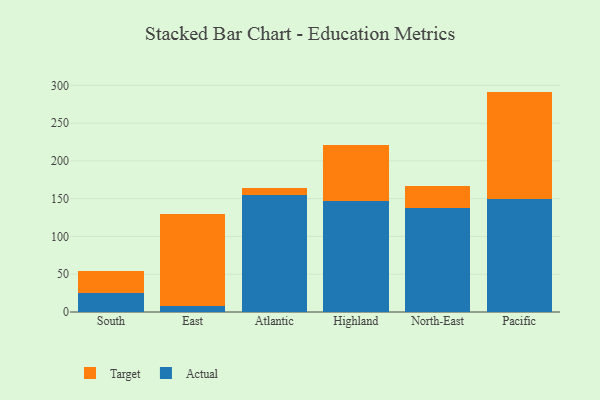
{"axis": {"x": "Region", "y": "Waste Production (Tons)"}, "legend": ["Actual", "Target"], "data": [{"x": "South", "y": 24.5, "type": "Actual"}, {"x": "South", "y": 30.0, "type": "Target"}, {"x": "East", "y": 8.4, "type": "Actual"}, {"x": "East", "y": 121.6, "type": "Target"}, {"x": "Atlantic", "y": 154.5, "type": "Actual"}, {"x": "Atlantic", "y": 9.1, "type": "Target"}, {"x": "Highland", "y": 147.3, "type": "Actual"}, {"x": "Highland", "y": 74.0, "type": "Target"}, {"x": "North-East", "y": 137.5, "type": "Actual"}, {"x": "North-East", "y": 28.7, "type": "Target"}, {"x": "Pacific", "y": 149.9, "type": "Actual"}, {"x": "Pacific", "y": 141.8, "type": "Target"}]}